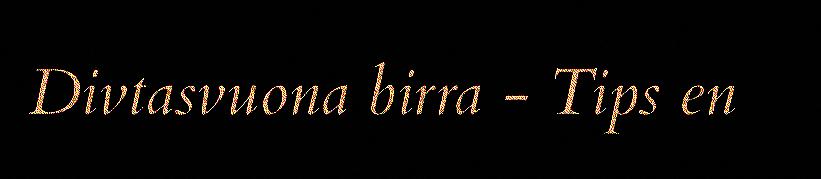
Divtasvuona birra - Tips en